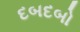
દબદબો